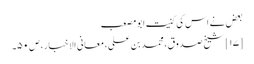
بعض نے اس کی کنیت ابو مصعب
[۱۷] شیخ صدوق، محمد بن علی، معانی الاخبار، ص ۵۰۔